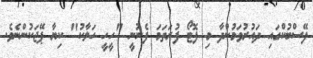
ފޭސްބުކްގައި ދައުރުވަމުންދާ މި ފޮޓޯ ފުރަތަމަ ފެނުނީ "ހީހީ ހަލާކު" ކިޔާ ޕޭޖަކުންނެވެ.